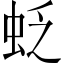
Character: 𧊉